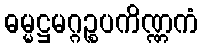
ဓမ္မဋ္ဌမဂ္ဂဉ္စပကိဏ္ဏကံ